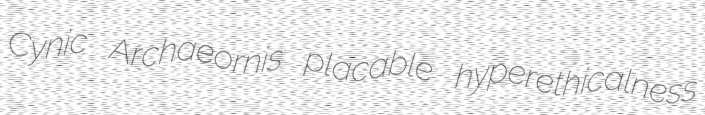
Cynic Archaeornis placable hyperethicalness